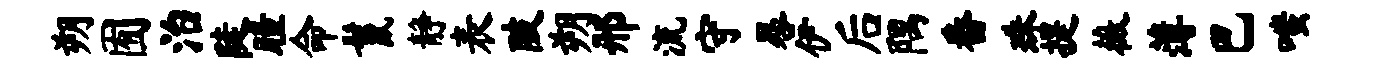
朔囿治陡瞳命鬣静表陂朔邢流守晷伊后隅番珠提薇薄巴嗤